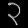
Digit: ၃